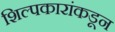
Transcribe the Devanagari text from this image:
शिल्पकारांकडून